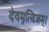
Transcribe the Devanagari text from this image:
देवमृत्विजम्‌।